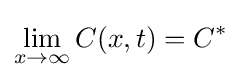
\lim _{x\rightarrow \infty }C(x,t)=C^{*}